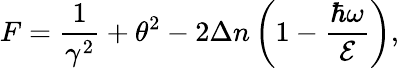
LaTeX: F=\frac{1}{\gamma^{2}}+\theta^{2}-2\Delta n\left(1-\frac{\hbar\omega}{\mathcal{E}}\right),